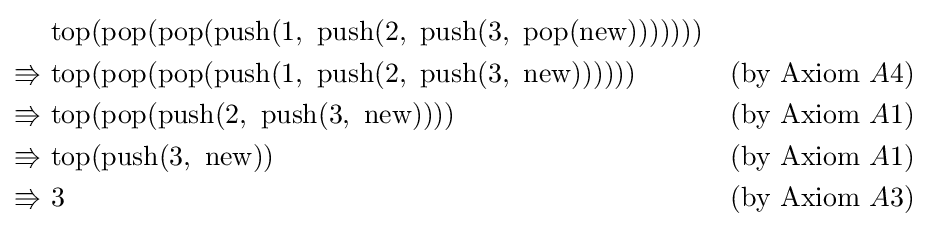
{\begin{aligned}&{\rm {top}}({\rm {pop}}({\rm {pop}}({\rm {push}}(1,~{\rm {push}}(2,~{\rm {push}}(3,~{\rm {pop}}({\rm {new}})))))))&\\\Rrightarrow ~&{\rm {top}}({\rm {pop}}({\rm {pop}}({\rm {push}}(1,~{\rm {push}}(2,~{\rm {push}}(3,~{\rm {new}}))))))&({\rm {by~Axiom~}}A4)\\\Rrightarrow ~&{\rm {top}}({\rm {pop}}({\rm {push}}(2,~{\rm {push}}(3,~{\rm {new}}))))&({\rm {by~Axiom~}}A1)\\\Rrightarrow ~&{\rm {top}}({\rm {push}}(3,~{\rm {new}}))&({\rm {by~Axiom~}}A1)\\\Rrightarrow ~&3&({\rm {by~Axiom~}}A3)\\\end{aligned}}